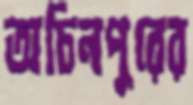
অচিনপুরের